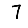
Digit: 7